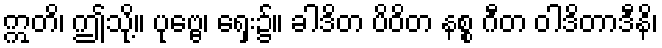
ဣတိ၊ ဤသို့။ ပုဗ္ဗေ၊ ရှေး၌။ ခါဒိတ ပိဝိတ နစ္စ ဂီတ ဝါဒိတာဒီနိ၊